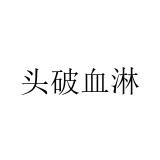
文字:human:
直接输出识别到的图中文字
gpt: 头破血淋